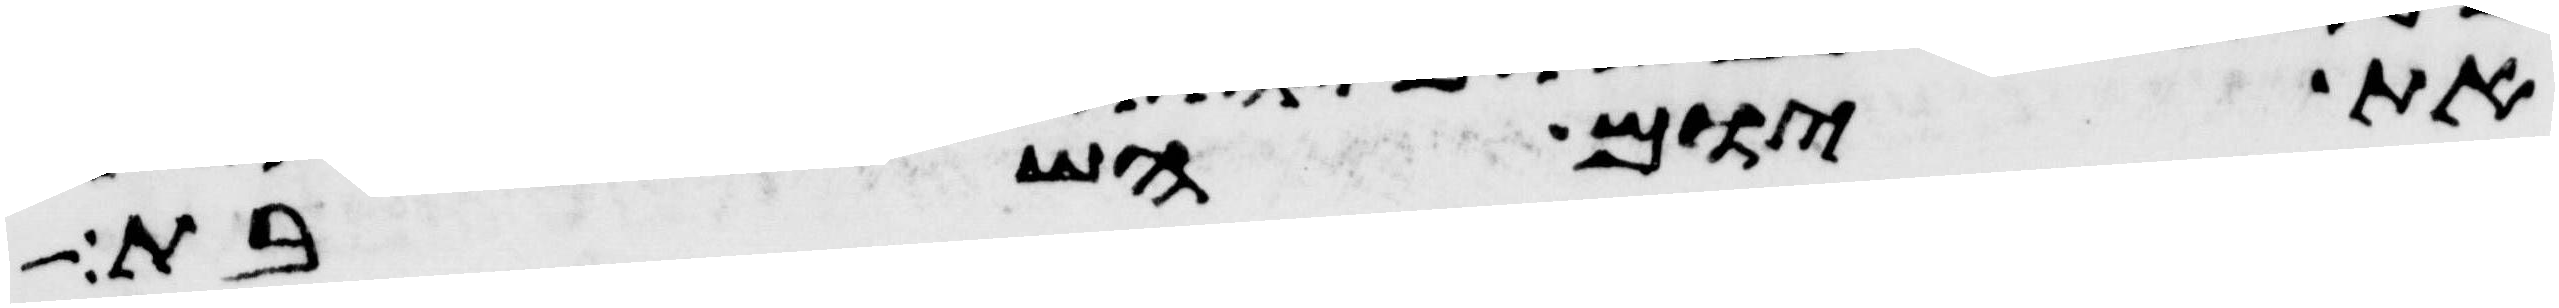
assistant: את יום השבת